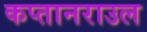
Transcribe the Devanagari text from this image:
कप्तानराउल